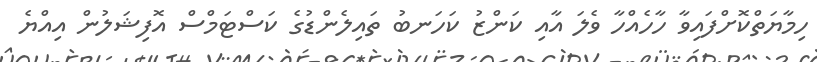
ހިމާޔަތްކޮށްފައިވާ ހާހެއްހާ ވެލަ އާއި ކަންޒު ކަހަނބު ތައިލެންޑުގެ ކަސްޓަމްސް އޮފިޝަލުން އިއްޔެ